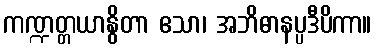
ကဏ္ဍတ္တယာနွိတာ ဧသာ၊ အဘိဓာနပ္ပဒီပိကာ။